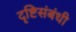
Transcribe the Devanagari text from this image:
दृष्टिसंबंधी